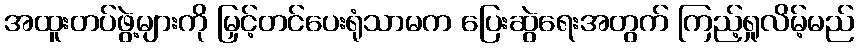
အထူးတပ်ဖွဲ့များကို မြှင့်တင်ပေးရုံသာမက ပြေးဆွဲရေးအတွက် ကြည့်ရှုလိမ့်မည်